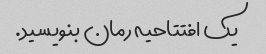
یک افتتاحیه رمان بنویسید.